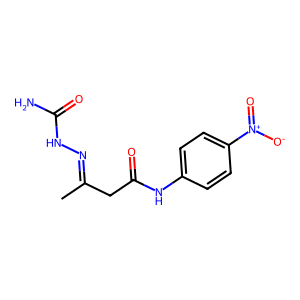
SMILES: CC(CC(=O)Nc1ccc([N+](=O)[O-])cc1)=NNC(N)=O
Inhibits HIV replication: No